65_HS1-834228961_62-HQ-83894_Section_9
Agency: FBI
Page 233
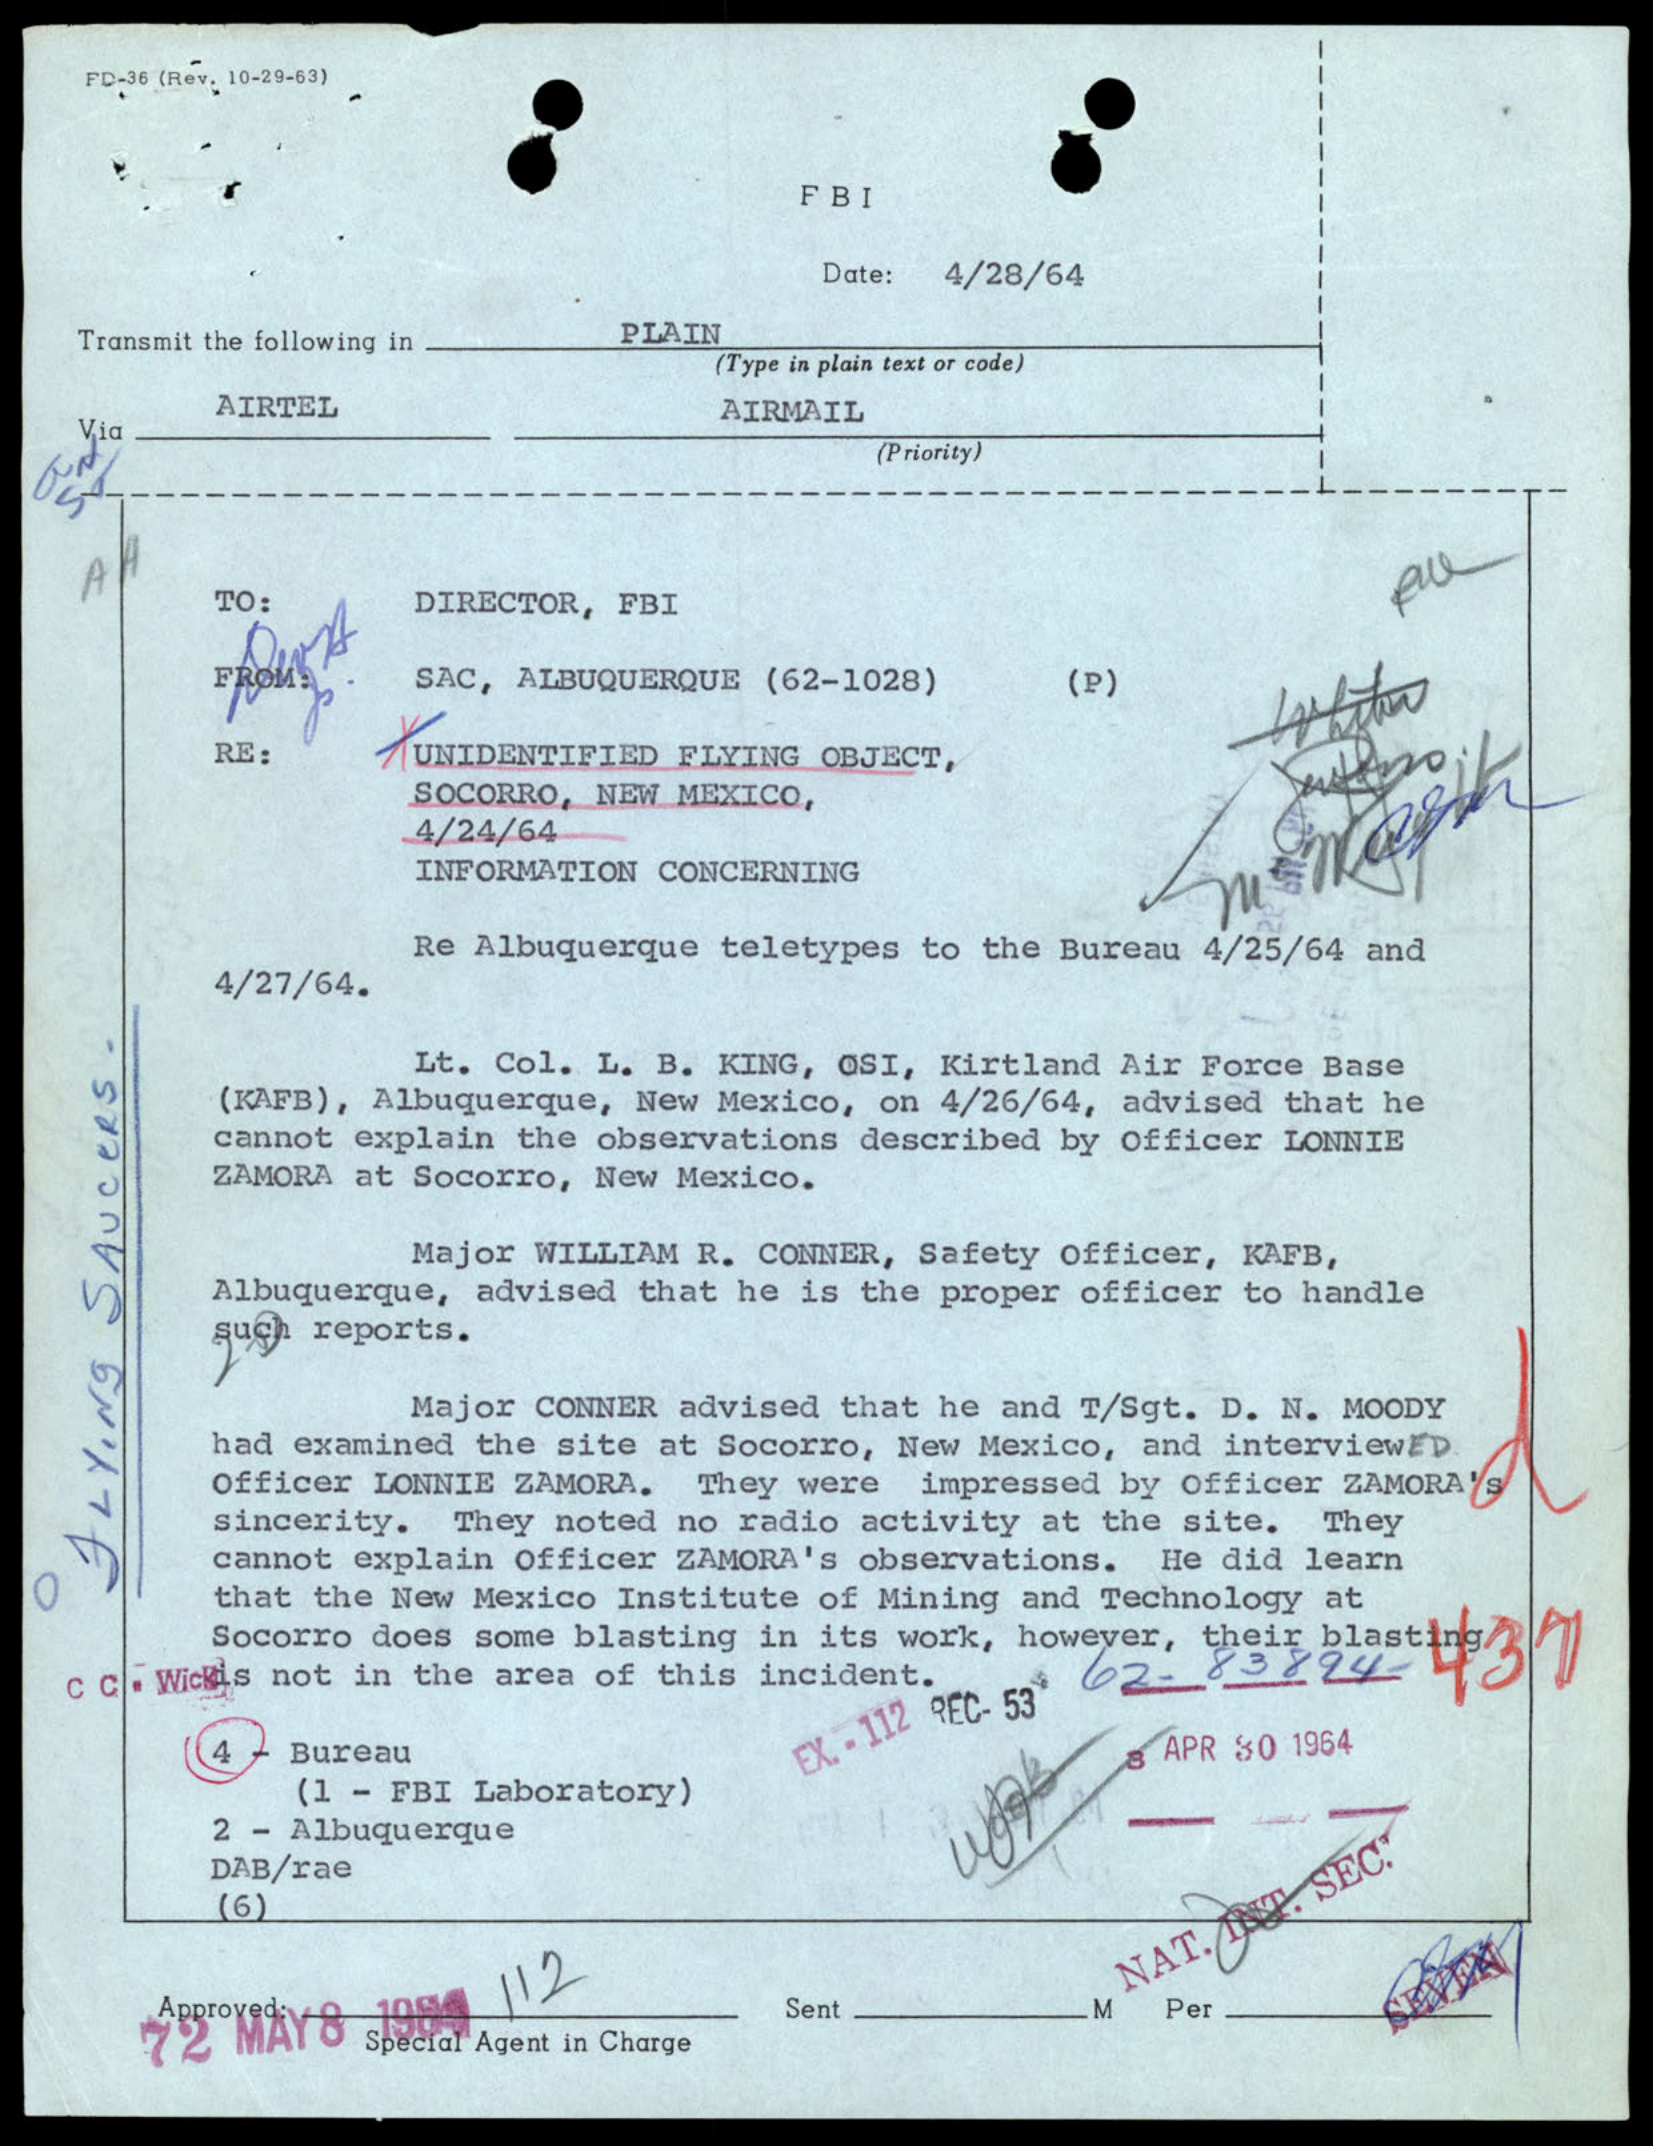